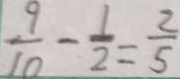
\frac { 9 } { 1 0 } - \frac { 1 } { 2 } = \frac { 2 } { 5 }